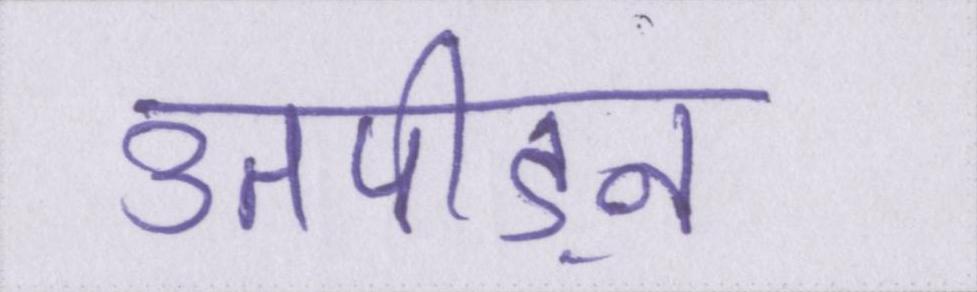
उतपीड़न